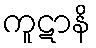
ကူဋာနိ